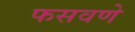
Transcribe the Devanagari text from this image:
फसवणे